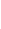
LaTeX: \! \! \! \! \! \! \! \! \! \! \! \Gamma\! \! \! \! \! \! \! \! \! \! \! \! :\! \! \! \! \! \! \! \! \! \! \! \! =\! \! \! \! \! \! \! \! \! \! \! \! \{ A\! \! \! \! \! \! \! \! \! \! \! \! (\! \! \! \! \! \! \! \! \! \! \! \! \mathbf{x}\! \! \! \! \! \! \! \! \! \! \! \! )\! \! \! \! \! \! \! \! \! \! \! \! ,\! \! \! \! \! \! \! \! \! \! \! \! ,\! \! \! \! \! \! \! \! \! \! \! \! \! \! \! \! \! \! \! \! \! \! \! \! \mathbf{x}\! \! \! \! \! \! \! \! \! \! \! \! \in\! \! \! \! \! \! \! \! \! \! \! \! \gamma\! \! \! \! \! \! \! \! \! \! \! \! \} \! \! \! \! \! \! \! \! \! \! \! \! .\! \! \! \! \! \! \! \! \! \! \!